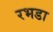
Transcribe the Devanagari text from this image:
रभडा